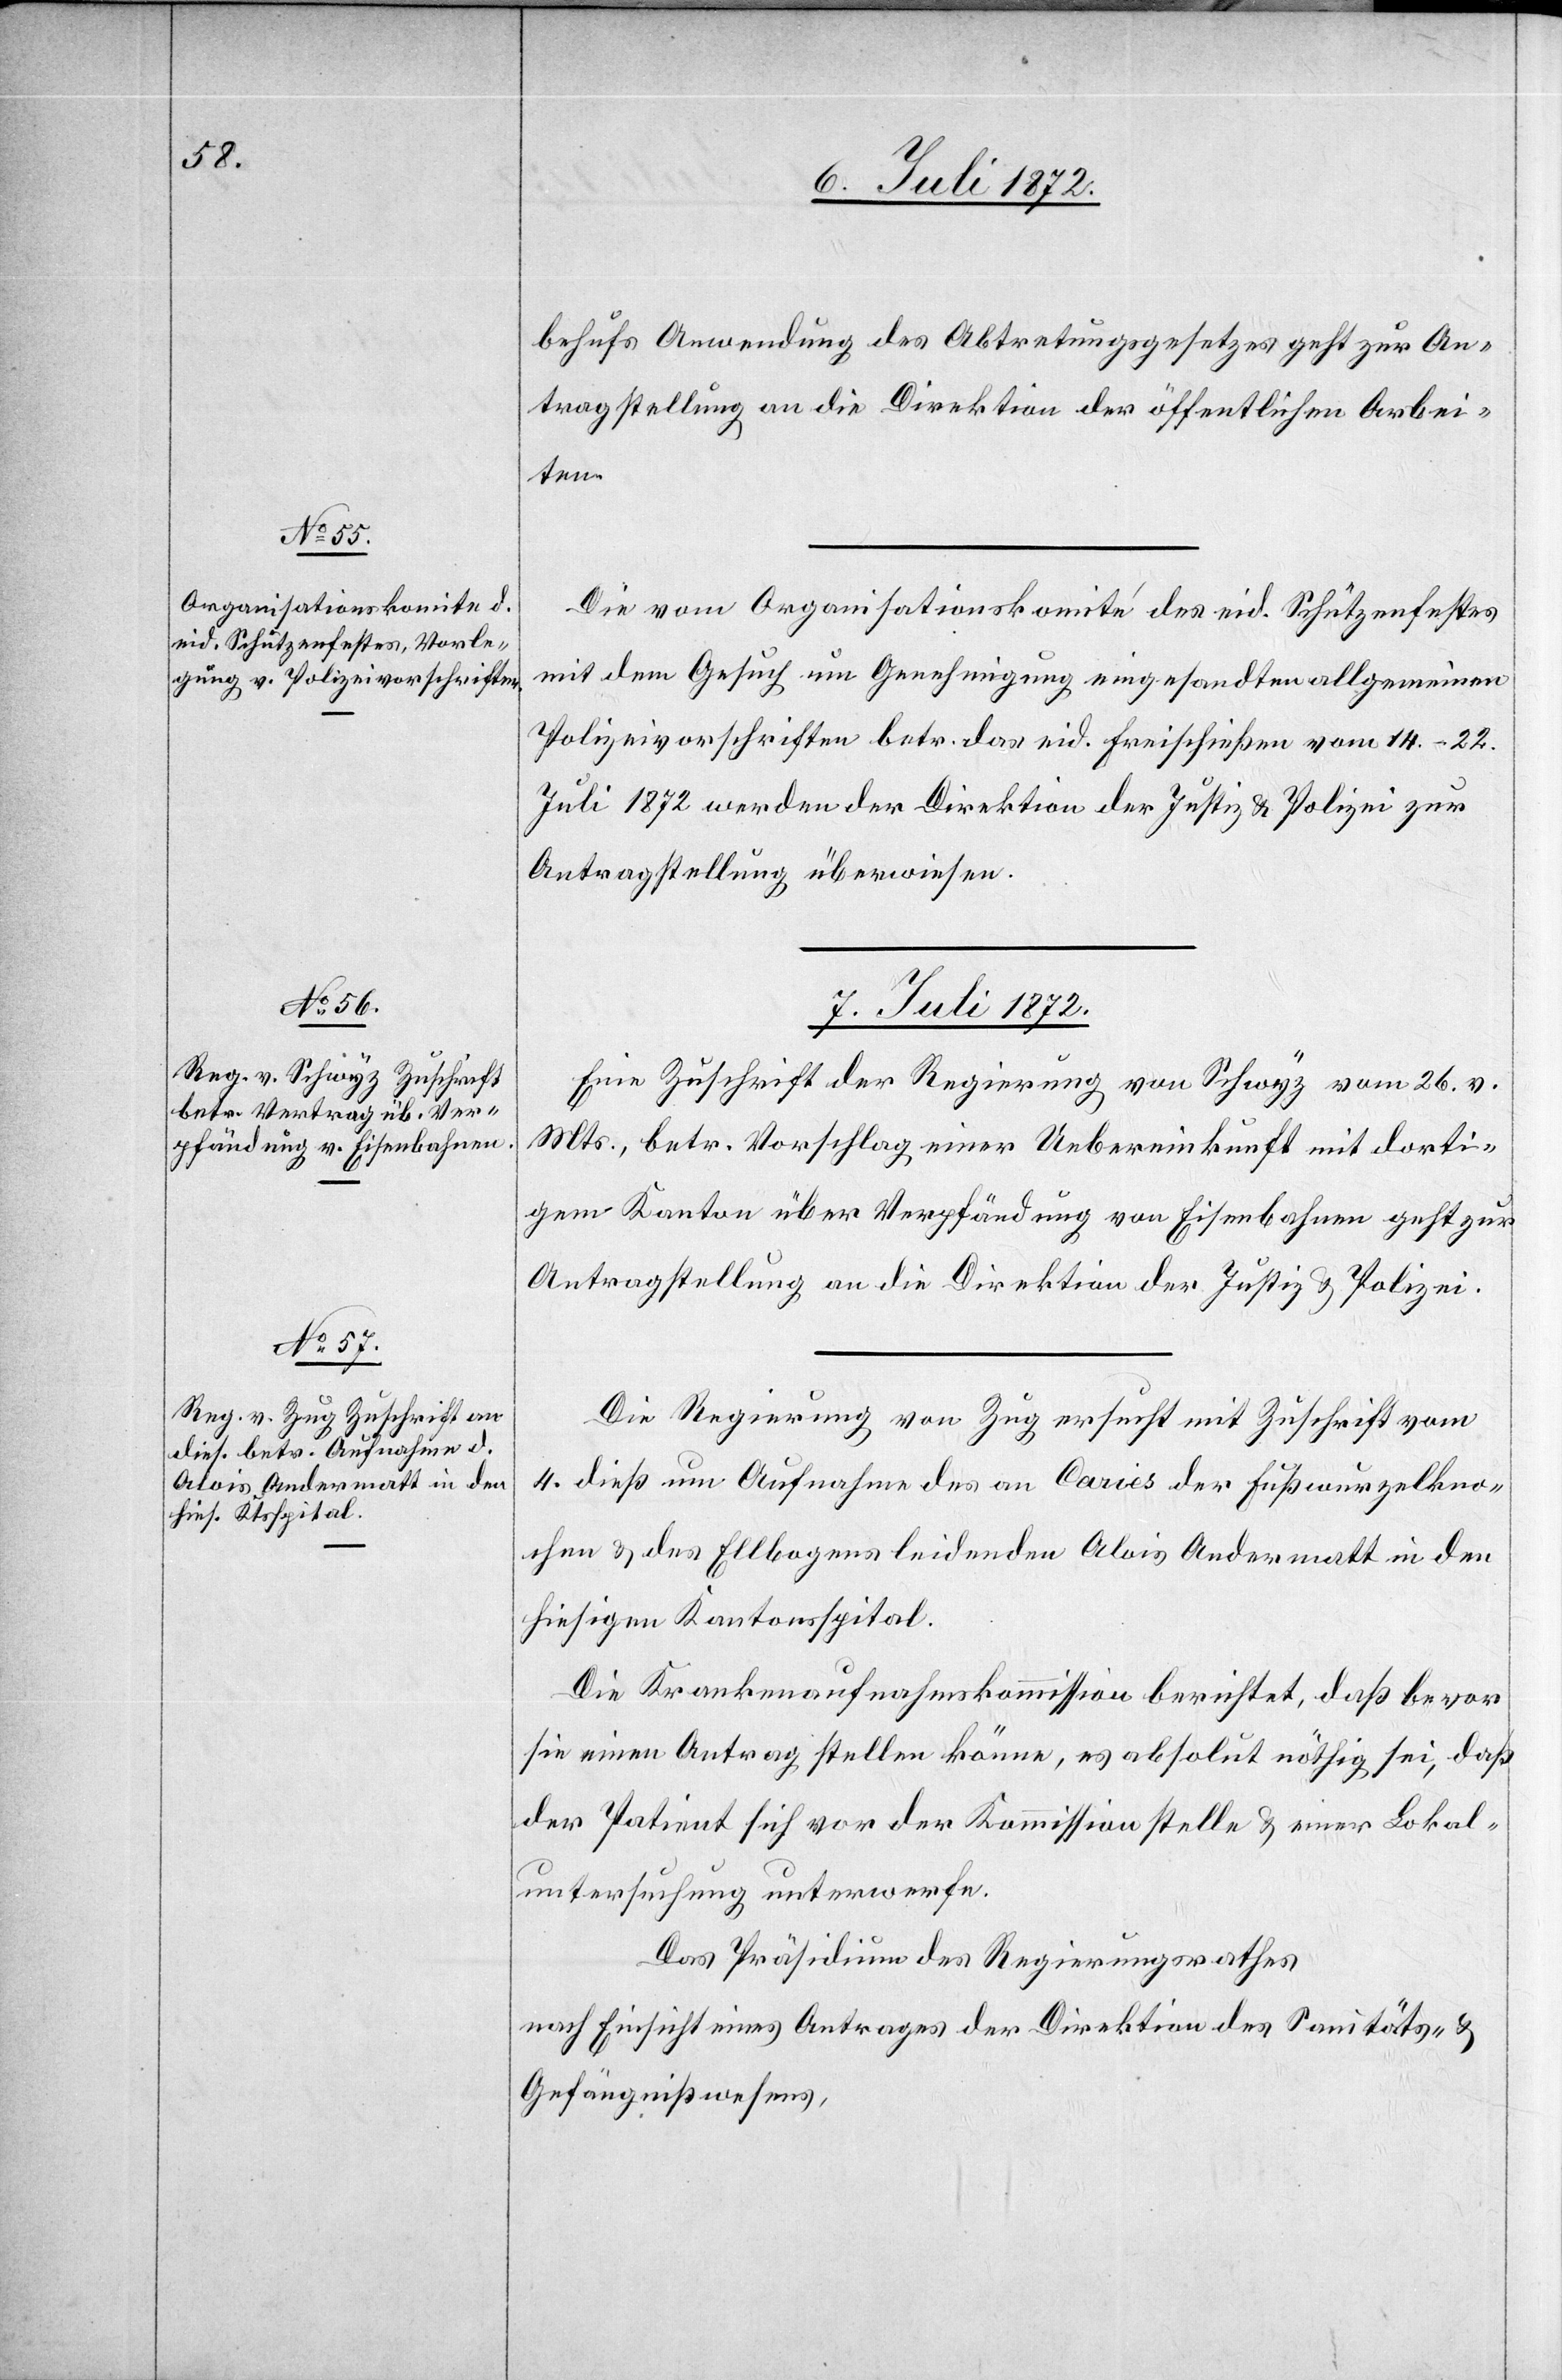
6. Juli 1872.]
behufs Anwendung des Abtretungsgesetzes geht zur An¬
tragstellung an die Direktion der öffentlichen Arbei¬
ten.
Die vom Organisationskomité des eid. Schützefestes
mit dem Gesuch um Genehmigung eingesandten allgemeinen
Polizeivorschriften betr. das eid. Freischießen vom 14.–22.
Juli 1872 werden der Direktion der Justiz u. Polizei zur
Antragstellung überwiesen.
7. Juli 1872.]
Eine Zuschrift der Regierung von Schwyz vom 26. v.
Mts., betr. Vorschlag einer Uebereinkunft mit dorti¬
gem Kanton über Verpfändung von Eisenbahnen geht zur
Antragstellung an die Direktion der Justiz u. Polizei.
Die Regierung von Zug ersucht mit Zuschrift vom
4.
dieß um Aufnahme des an Caries der Fußwurzelkno¬
chen u. des Ellbogens leidenden Alois Andermatt in den
hiesigen Kantonsspital.
Die Krankenaufnahmskommission berichtet, daß bevor
sie einen Antrag stellen könne, es absolut nöthig sei, daß
der Patient sich vor der Kommission stelle u. einer Lokal¬
untersuchung unterwerfe.
Das Präsidium des Regierungsrathes
nach Einsicht eines Antrages der Direktion des Sanitäts- u.
Gefängnißwesens,